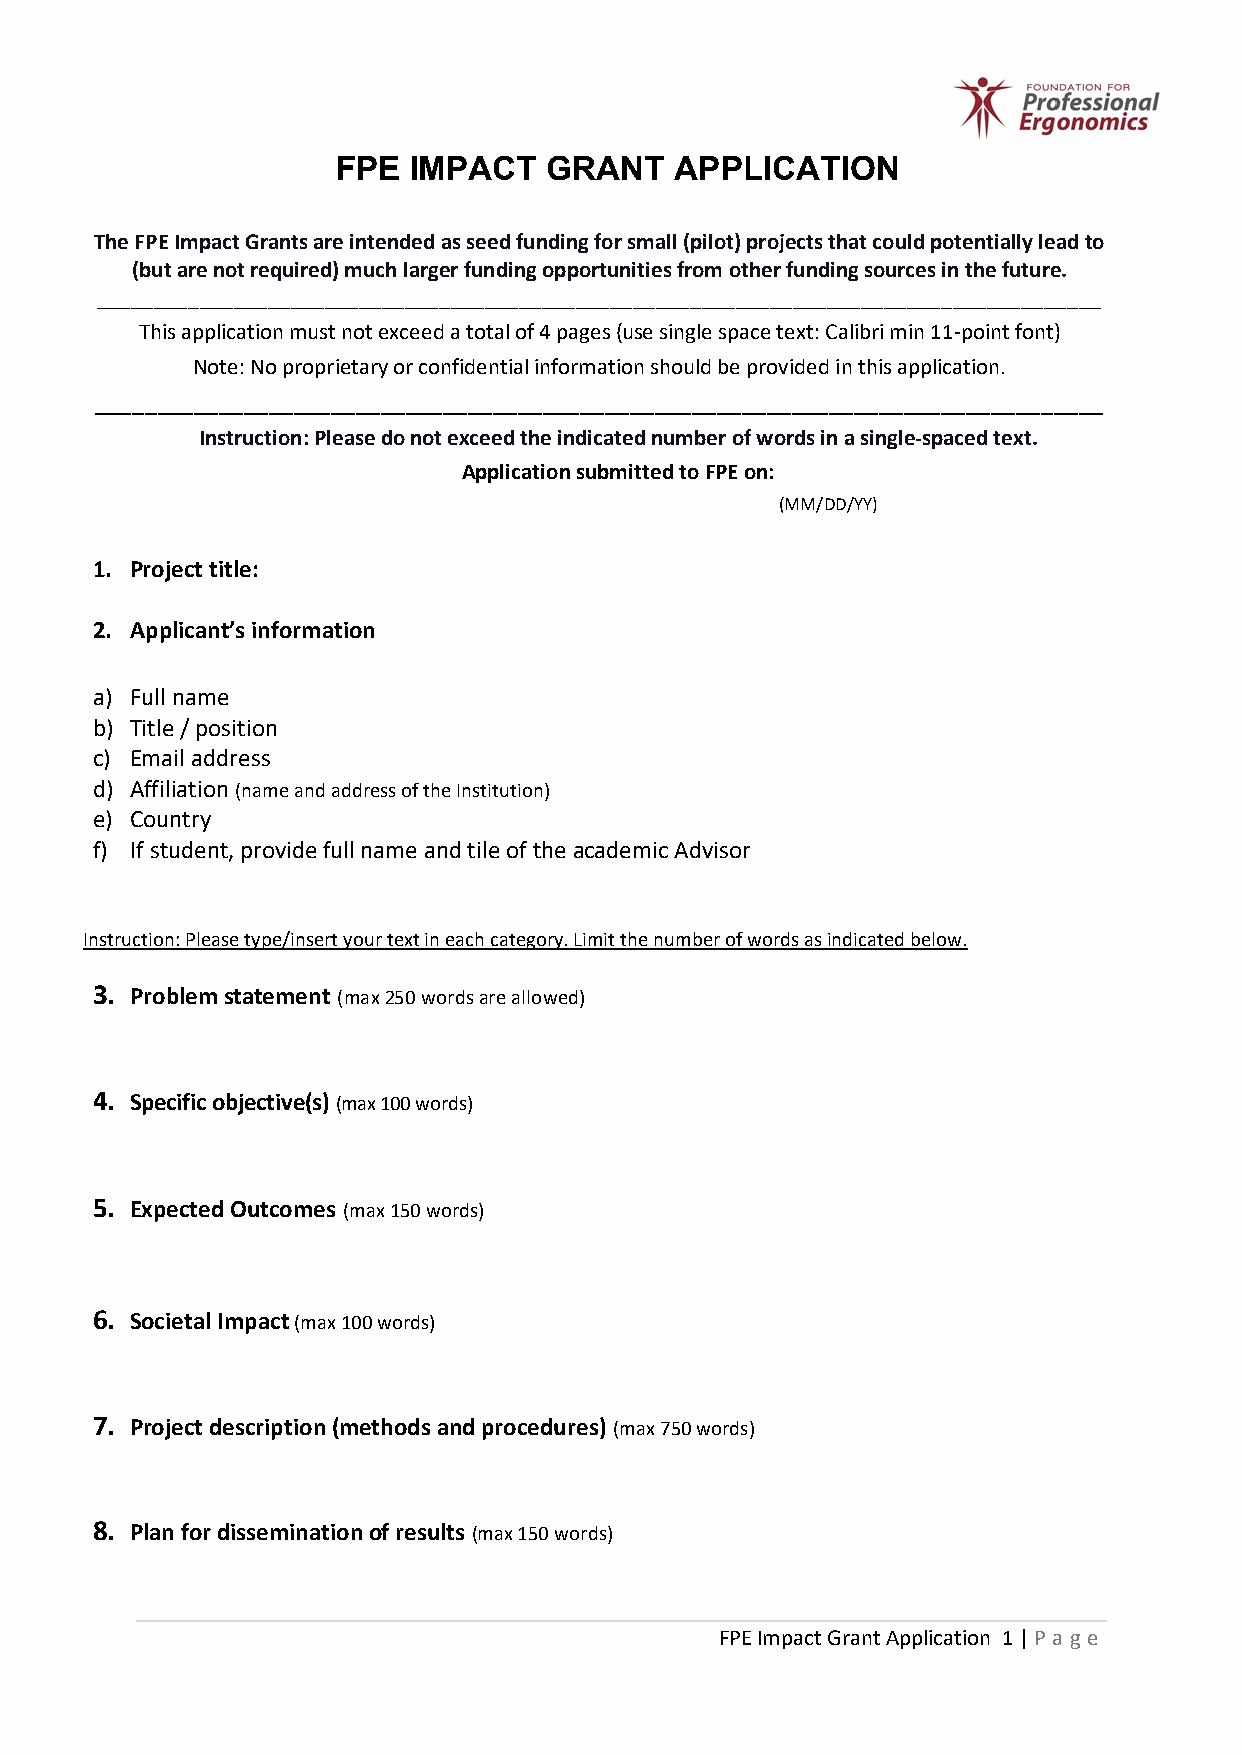
FPE  IMPACT   GRANT    APPLICATION
 The FPE Impact Grants are intended as seed funding for small (pilot) projects that could potentially lead to
 (but are not required) much larger funding opportunities from other funding sources in the future.
 ________________________________________________________________________________________
 This application must not exceed a total of 4 pages (use single space text: Calibri min 11-point font)
 Note: No proprietary or confidential information should be provided in this application.
 _________________________________________________________________________________
 Instruction: Please do not exceed the indicated number of words in a single-spaced text.
 Application submitted to FPE on:
 (MM/DD/YY)
 1. Project title:
 2. Applicant’s information
 a) Full name
 b) Title / position
 c) Email address
 d) Affiliation (name and address of the Institution)
 e) Country
 f) If student, provide full name and tile of the academic Advisor
 Instruction: Please type/insert your text in each category. Limit the number of words as indicated below.
 3. Problem statement (max 250 words are allowed)
 4. Specific objective(s) (max 100 words)
 5. Expected Outcomes (max 150 words)
 6. Societal Impact (max 100 words)
 7. Project description (methods and procedures) (max 750 words)
 8. Plan for dissemination of results (max 150 words)
 FPE Impact Grant Application 1 | P age